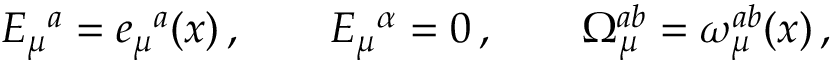
E _ { \mu } { } ^ { a } = e _ { \mu } { } ^ { a } ( x ) \, , \qquad E _ { \mu } { } ^ { \alpha } = 0 \, , \qquad \Omega _ { \mu } ^ { a b } = \omega _ { \mu } ^ { a b } ( x ) \, ,